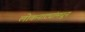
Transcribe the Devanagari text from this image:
लोकनाट्यांमधून